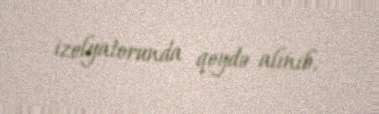
izolyatorunda qeydə alınıb.